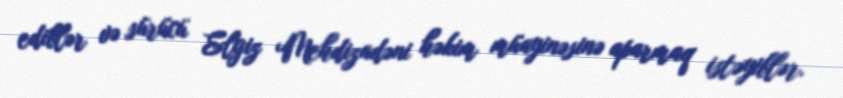
ediblər və sürücü Elgiz Mehdizadəni həkim müayinəsinə aparmaq istəyiblər.